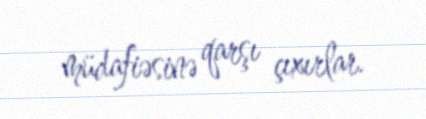
müdafiəsinə qarşı çıxırlar.